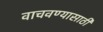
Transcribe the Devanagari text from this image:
वाचवण्‍यासाठी